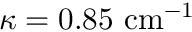
\kappa = 0 . 8 5 ~ \mathrm { c m ^ { - 1 } }